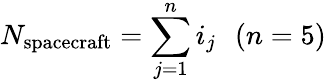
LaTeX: N_{\mathrm{spacecraft}}=\sum_{j=1}^{n}i_{j}\, \, \, \, (n=5)